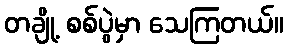
တချို့ စစ်ပွဲမှာ သေကြတယ်။